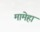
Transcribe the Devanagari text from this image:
मामेहा